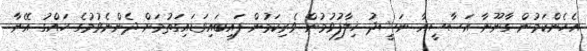
އެހެންކަމުން ގާނޫނާ އަސާސީއާ ނަޝީދު ޚިލާފުވުމުން ވެރިކަމުން ފައިބައިވަޑައިގަތުމަށް ދެންނެވުމުގެ ހައްގު އޭނާ